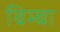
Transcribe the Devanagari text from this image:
बिम्बा